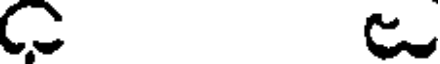
C